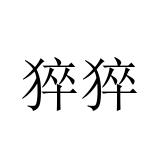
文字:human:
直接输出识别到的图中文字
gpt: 猝猝